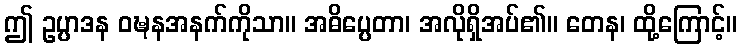
ဤ ဥပ္ပာဒန ဝဍ္ဎနအနက်ကိုသာ။ အဓိပ္ပေတာ၊ အလိုရှိအပ်၏။ တေန၊ ထို့ကြောင့်။